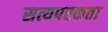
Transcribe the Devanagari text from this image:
सत्यपरकता